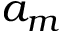
a _ { m }